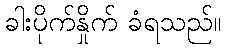
ခါးပိုက်နှိုက် ခံရသည်။